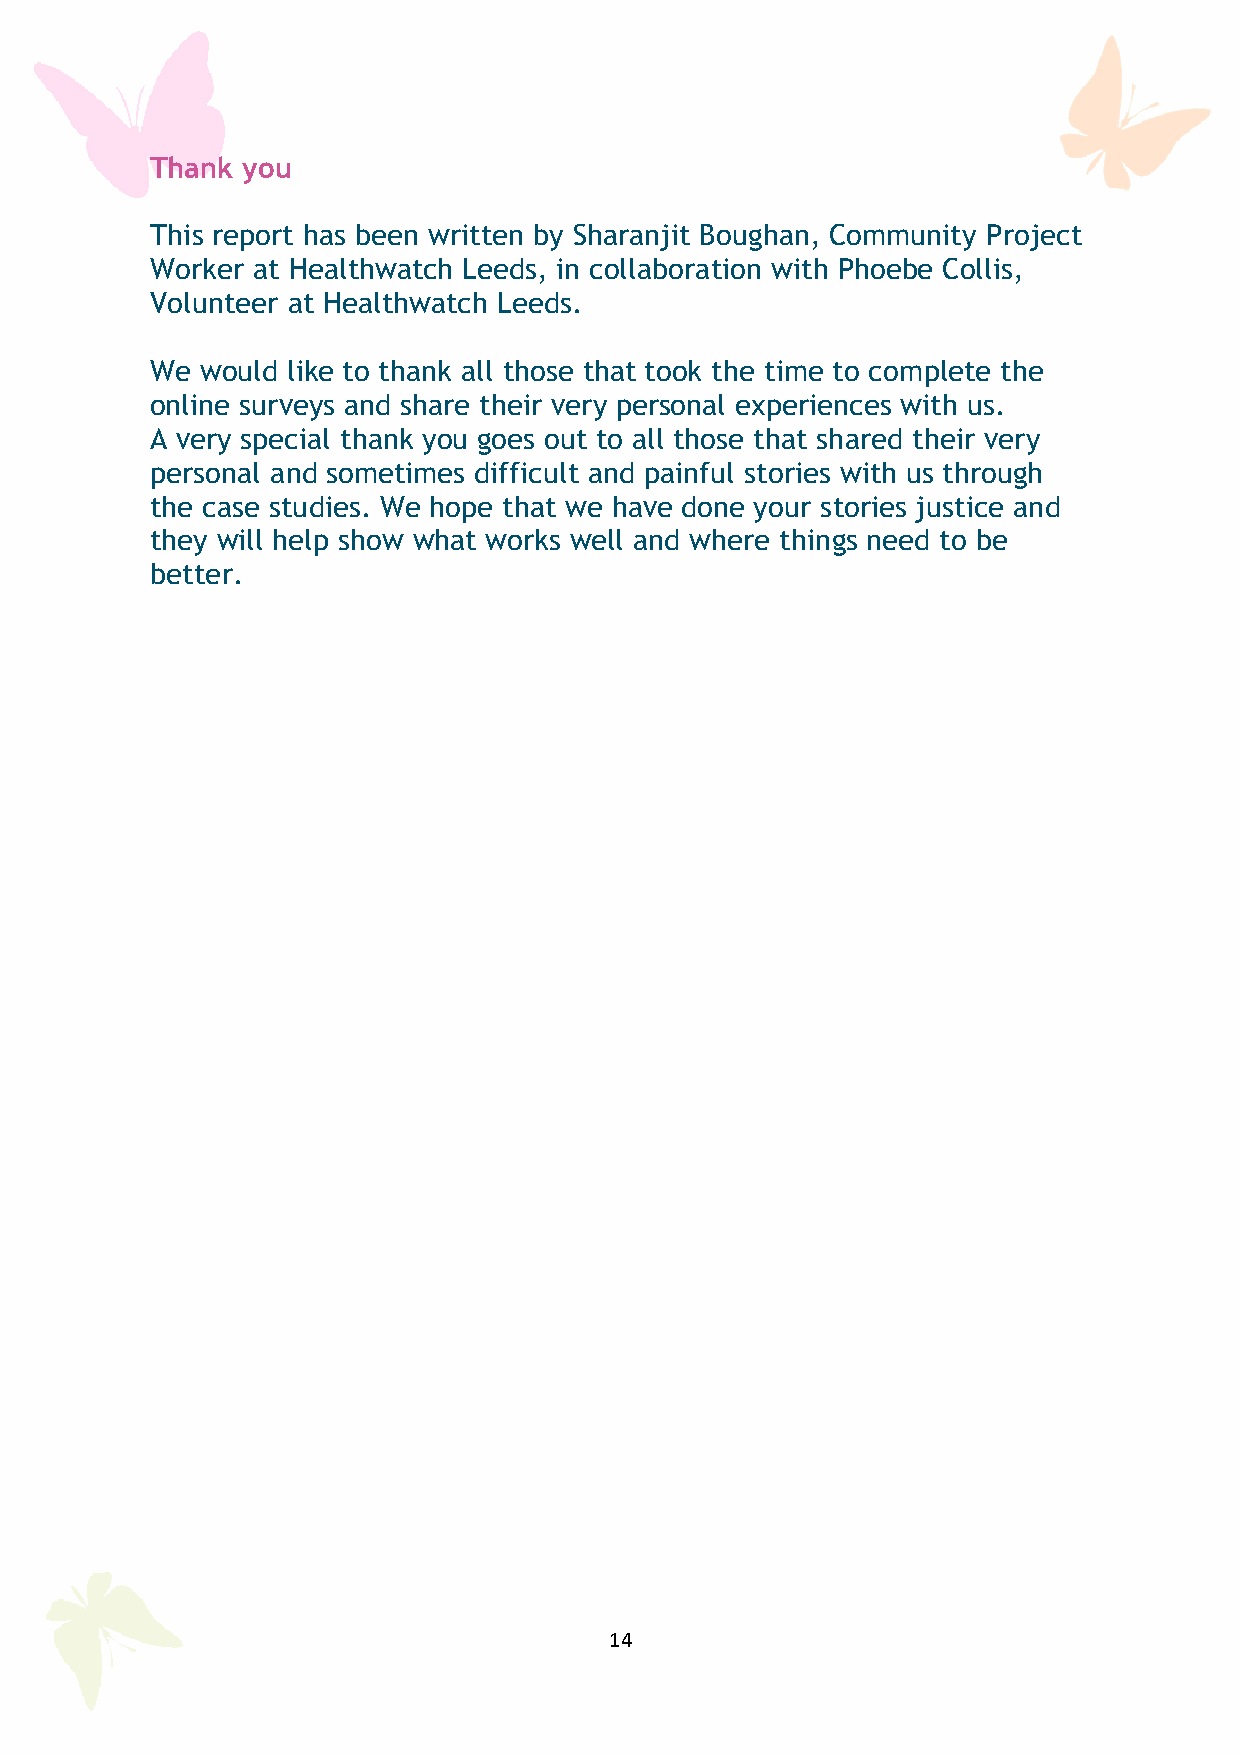
Thank you
 This report has been written by Sharanjit Boughan, Community Project
 Worker at Healthwatch Leeds, in collaboration with Phoebe Collis,
 Volunteer at Healthwatch Leeds.
 We would like to thank all those that took the time to complete the
 online surveys and share their very personal experiences with us.
 A very special thank you goes out to all those that shared their very
 personal and sometimes difficult and painful stories with us through
 the case studies. We hope that we have done your stories justice and
 they will help show what works well and where things need to be
 better.
 14